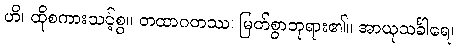
ဟိ၊ ထိုစကားသင့်စွ။ တထာဂတဿ၊ မြတ်စွာဘုရား၏။ အာယုသင်္ခါရေ၊